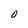
Character: O